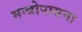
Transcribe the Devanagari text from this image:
मन्त्रोपासना